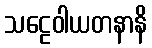
သဠေဝါယတနာနိ